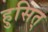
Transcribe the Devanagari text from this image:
हुसित्